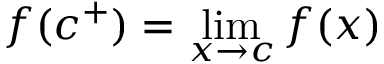
f ( c ^ { + } ) = \operatorname* { l i m } _ { x \to c } f ( x )